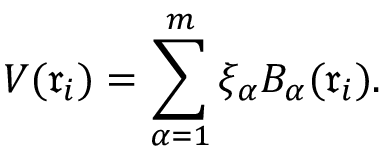
V ( \mathfrak { r } _ { i } ) = \sum _ { \alpha = 1 } ^ { m } \xi _ { \alpha } B _ { \alpha } ( \mathfrak { r } _ { i } ) .